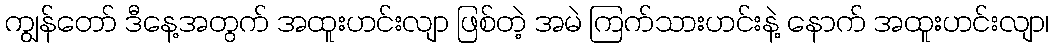
ကျွန်တော် ဒီနေ့အတွက် အထူးဟင်းလျာ ဖြစ်တဲ့ အမဲ ကြက်သားဟင်းနဲ့ နောက် အထူးဟင်းလျာ၊